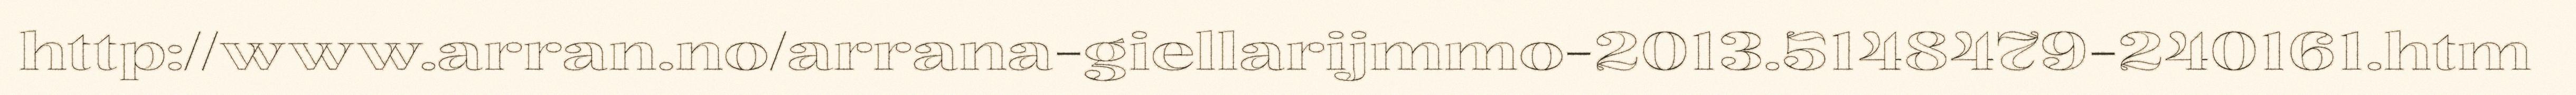
http://www.arran.no/arrana-giellarijmmo-2013.5148479-240161.htm